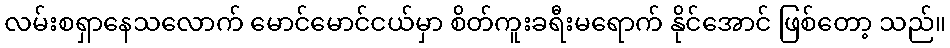
လမ်းစရှာနေသလောက် မောင်မောင်ငယ်မှာ စိတ်ကူးခရီးမရောက် နိုင်အောင် ဖြစ်တော့ သည်။